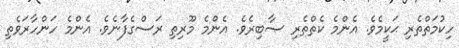
ހިކުމަތްތެރި ޙަކީމެވެ. އެންމެ ކެތްތެރި ޞާބިރެވެ. އެންމެ މޫރިތި ރަސްގެފާނެވެ. އެންމެ ހަންހާރަވެތި